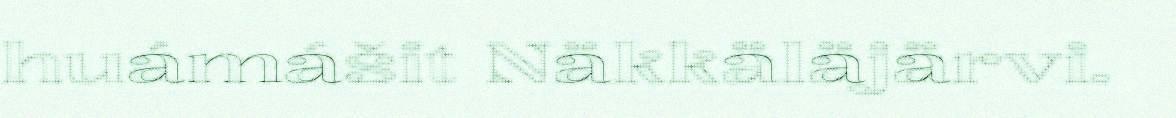
huámášit Näkkäläjärvi.